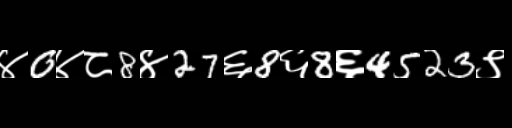
Text: ४0४८8४27६8६8६4523९